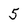
Character: 5